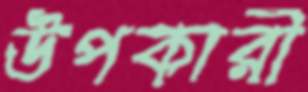
উপকারী